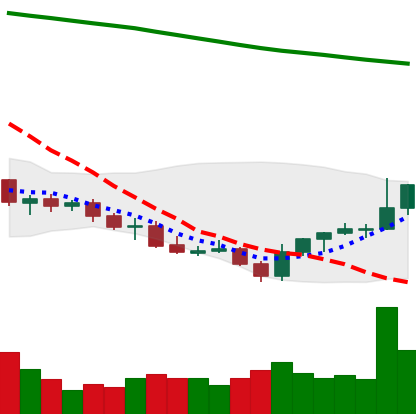
Ticker: LINK-USD
Chart end date: 2021-07-27
Forward return: 13.473%
Label: up_7plus